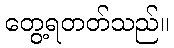
တွေ့ရတတ်သည်။